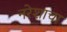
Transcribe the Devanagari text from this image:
नरेशाचा